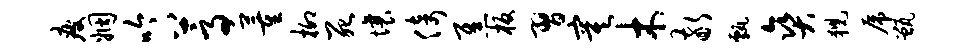
疲姻吟蒿董柳死壤倚焦板习寞木敬甄爽猊虎甑